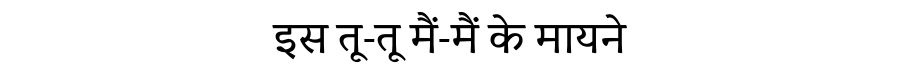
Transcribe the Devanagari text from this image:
इस तू-तू मैं-मैं के मायने